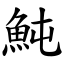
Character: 魨